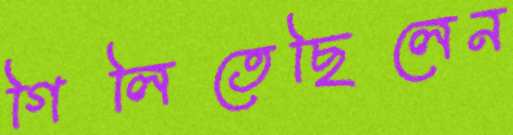
গিলিতেছিলেন